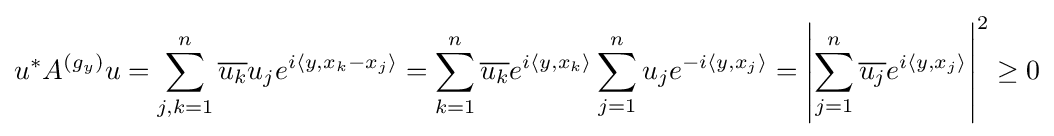
u^{*}A^{(g_{y})}u=\sum _{j,k=1}^{n}{\overline {u_{k}}}u_{j}e^{i\langle y,x_{k}-x_{j}\rangle }=\sum _{k=1}^{n}{\overline {u_{k}}}e^{i\langle y,x_{k}\rangle }\sum _{j=1}^{n}u_{j}e^{-i\langle y,x_{j}\rangle }=\left|\sum _{j=1}^{n}{\overline {u_{j}}}e^{i\langle y,x_{j}\rangle }\right|^{2}\geq 0